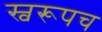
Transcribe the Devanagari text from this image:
स्वरूपच